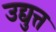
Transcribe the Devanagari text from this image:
उद्युत्त